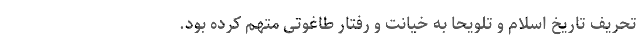
تحریف تاریخ اسلام و تلویحا به خیانت و رفتار طاغوتی متهم کرده بود.